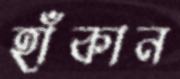
হাঁকান